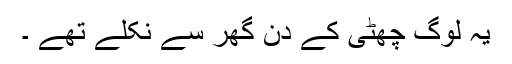
یہ لوگ چھٹی کے دن گھر سے نکلے تھے ۔